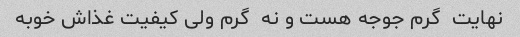
نهایت  گرم جوجه هست و نه  گرم ولی کیفیت غذاش خوبه